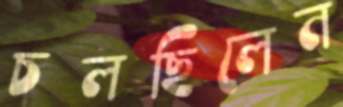
চলছিলেন